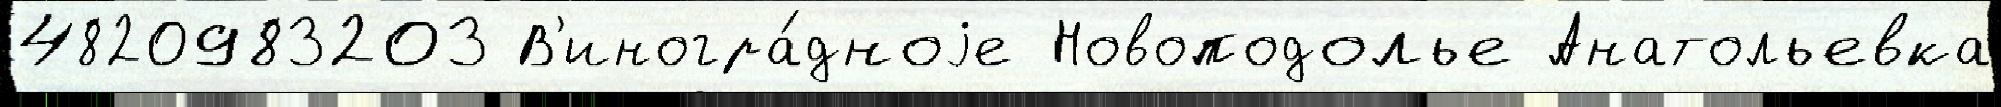
4820983203 В'иногра́дноjе Новоподолье Анатольевка